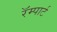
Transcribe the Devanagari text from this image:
रॅम्पार्ट